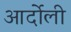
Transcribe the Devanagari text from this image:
आर्दोली